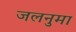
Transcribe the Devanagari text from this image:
जलनुमा